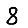
Digit: 8